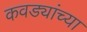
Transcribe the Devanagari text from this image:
कवड्यांच्‍या